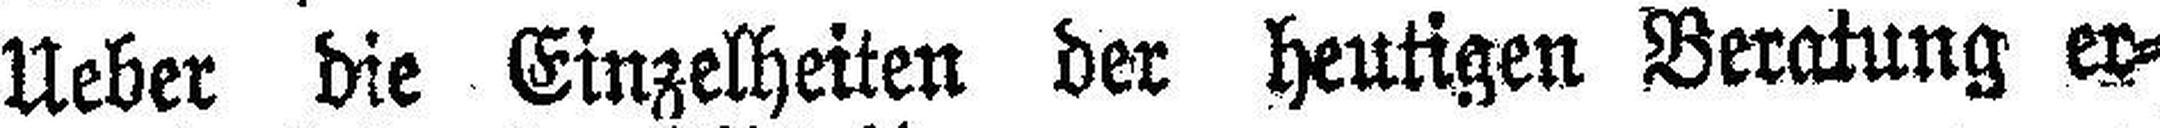
Ueber die Einzelheiten der heutigen Beratung er¬